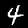
Label: 4